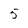
Character: 5